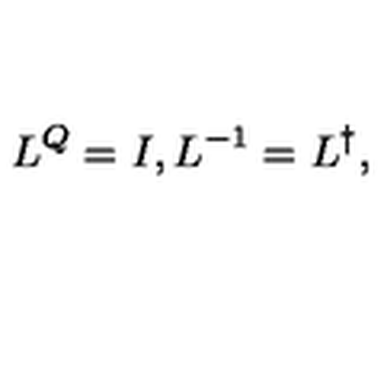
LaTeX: L ^ { Q } = I , L ^ { - 1 } = L ^ { \dagger } ,